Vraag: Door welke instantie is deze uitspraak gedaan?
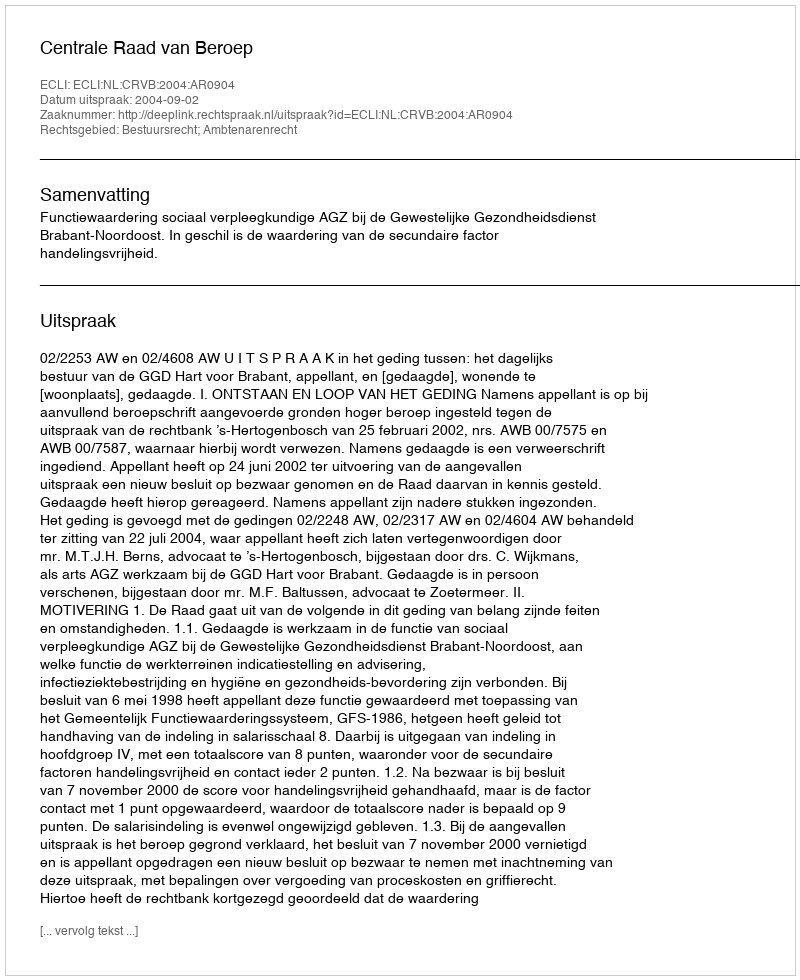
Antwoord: Centrale Raad van Beroep